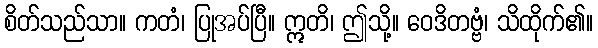
စိတ်သည်သာ။ ကတံ၊ ပြုအပ်ပြီ။ ဣတိ၊ ဤသို့။ ဝေဒိတဗ္ဗံ၊ သိထိုက်၏။